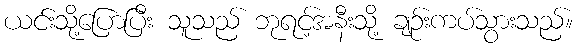
ယင်းသို့ပြောပြီး သူသည် ဘုရင့်အနီးသို့ ချဉ်းကပ်သွားသည်။